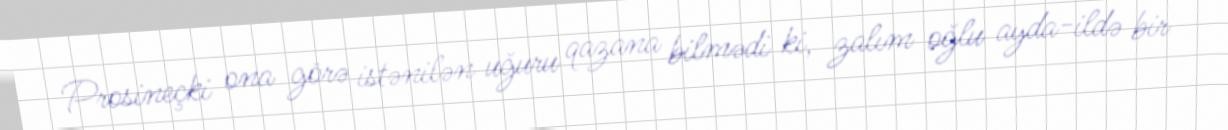
Prosineçki ona görə istənilən uğuru qazana bilmədi ki, zalım oğlu ayda-ildə bir